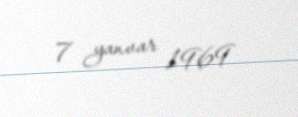
7 yanvar 1969